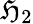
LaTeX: {\mathfrak{H}}_{2}